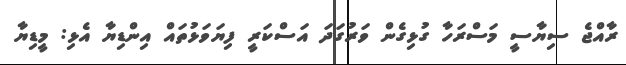
ރާއްޖެ ސިޔާސީ މަސްރަހާ ގުޅިގެން ވަރުގަދަ އަސްކަރީ ފިޔަވަޅުތައް އިންޑިޔާ އެޅި: މީޑިޔާ